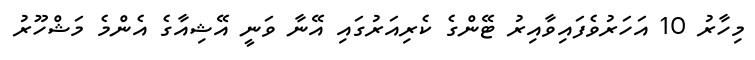
މިހާރު 10 އަހަރުވެފައިވާއިރު ޓޭންގެ ކެރިއަރުގައި އޭނާ ވަނީ އޭޝިއާގެ އެންމެ މަޝްހޫރު